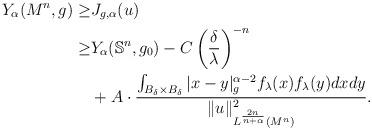
LaTeX: \begin{align*} Y_\alpha(M^n,g)\geq &J_{g,\alpha}(u)\\ \geq & Y_\alpha(\mathbb{S}^n,g_0)-C\left(\frac\delta\lambda\right)^{-n}\\ &+A\cdot \frac{\int_{B_\delta\times B_\delta}|x-y|_g^{\alpha-2}f_\lambda(x)f_\lambda(y)dxdy} {\|u\|_{L^{\frac{2n}{n+\alpha}}(M^n)}^2}. \end{align*}